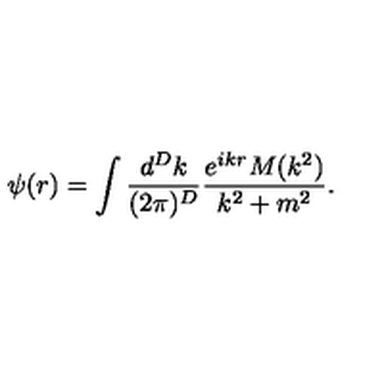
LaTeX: \psi ( r ) = \int \frac { d ^ { D } k } { ( 2 \pi ) ^ { D } } \frac { e ^ { i k r } M ( k ^ { 2 } ) } { k ^ { 2 } + m ^ { 2 } } .